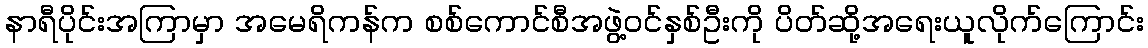
နာရီပိုင်းအကြာမှာ အမေရိကန်က စစ်ကောင်စီအဖွဲ့ဝင်နှစ်ဦးကို ပိတ်ဆို့အရေးယူလိုက်ကြောင်း